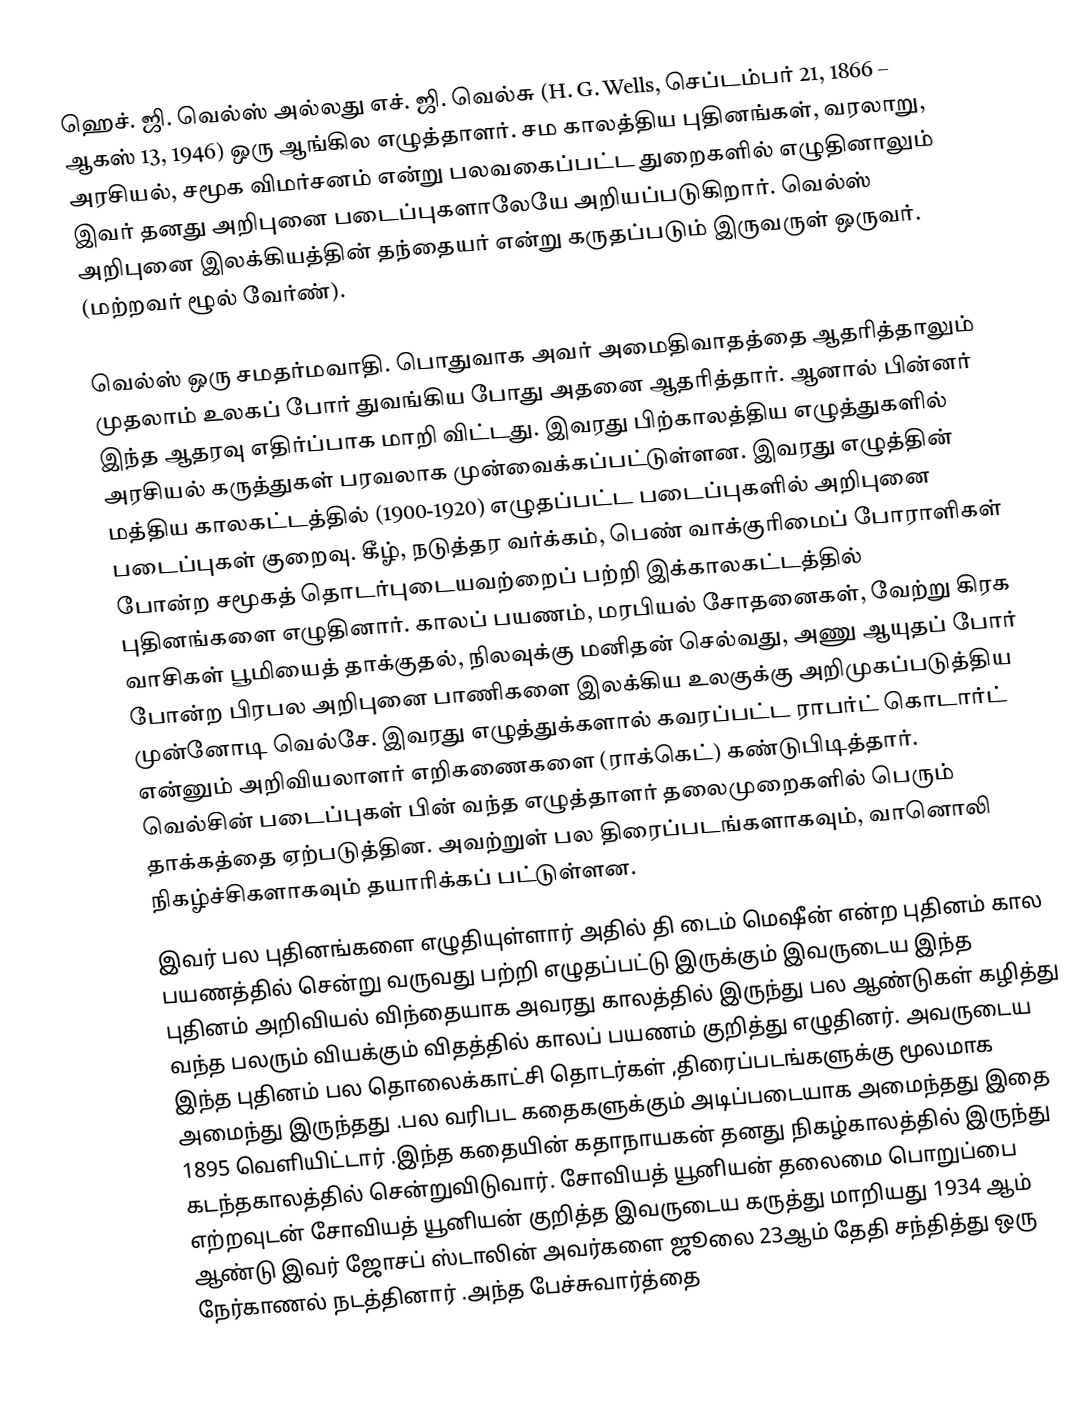
ஹெச். ஜி. வெல்ஸ் அல்லது எச். ஜி. வெல்சு (H. G. Wells, செப்டம்பர் 21, 1866 – ஆகஸ் 13, 1946) ஒரு ஆங்கில எழுத்தாளர். சம காலத்திய புதினங்கள், வரலாறு, அரசியல், சமூக விமர்சனம் என்று பலவகைப்பட்ட துறைகளில் எழுதினாலும் இவர் தனது அறிபுனை படைப்புகளாலேயே அறியப்படுகிறார். வெல்ஸ் அறிபுனை இலக்கியத்தின் தந்தையர் என்று கருதப்படும் இருவருள் ஒருவர். (மற்றவர் ழூல் வேர்ண்).

வெல்ஸ் ஒரு சமதர்மவாதி. பொதுவாக அவர் அமைதிவாதத்தை ஆதரித்தாலும் முதலாம் உலகப் போர் துவங்கிய போது அதனை ஆதரித்தார். ஆனால் பின்னர் இந்த ஆதரவு எதிர்ப்பாக மாறி விட்டது. இவரது பிற்காலத்திய எழுத்துகளில் அரசியல் கருத்துகள் பரவலாக முன்வைக்கப்பட்டுள்ளன. இவரது எழுத்தின் மத்திய காலகட்டத்தில் (1900-1920) எழுதப்பட்ட படைப்புகளில் அறிபுனை படைப்புகள் குறைவு. கீழ், நடுத்தர வர்க்கம், பெண் வாக்குரிமைப் போராளிகள் போன்ற சமூகத் தொடர்புடையவற்றைப் பற்றி இக்காலகட்டத்தில் புதினங்களை எழுதினார். காலப் பயணம், மரபியல் சோதனைகள், வேற்று கிரக வாசிகள் பூமியைத் தாக்குதல், நிலவுக்கு மனிதன் செல்வது, அணு ஆயுதப் போர் போன்ற பிரபல அறிபுனை பாணிகளை இலக்கிய உலகுக்கு அறிமுகப்படுத்திய முன்னோடி வெல்சே. இவரது எழுத்துக்களால் கவரப்பட்ட ராபர்ட் கொடார்ட் என்னும் அறிவியலாளர் எறிகணைகளை (ராக்கெட்) கண்டுபிடித்தார். வெல்சின் படைப்புகள் பின் வந்த எழுத்தாளர் தலைமுறைகளில் பெரும் தாக்கத்தை ஏற்படுத்தின. அவற்றுள் பல திரைப்படங்களாகவும், வானொலி நிகழ்ச்சிகளாகவும் தயாரிக்கப் பட்டுள்ளன.
இவர் பல புதினங்களை எழுதியுள்ளார் அதில் தி டைம் மெஷீன் என்ற புதினம் கால பயணத்தில் சென்று வருவது பற்றி எழுதப்பட்டு இருக்கும் இவருடைய இந்த புதினம் அறிவியல் விந்தையாக அவரது காலத்தில் இருந்து பல ஆண்டுகள் கழித்து வந்த பலரும் வியக்கும் விதத்தில் காலப் பயணம் குறித்து எழுதினர். அவருடைய இந்த புதினம் பல தொலைக்காட்சி தொடர்கள் ,திரைப்படங்களுக்கு மூலமாக அமைந்து இருந்தது .பல வரிபட கதைகளுக்கும் அடிப்படையாக அமைந்தது இதை 1895 வெளியிட்டார் .இந்த கதையின் கதாநாயகன் தனது நிகழ்காலத்தில் இருந்து கடந்தகாலத்தில் சென்றுவிடுவார். சோவியத் யூனியன் தலைமை பொறுப்பை எற்றவுடன் சோவியத் யூனியன் குறித்த இவருடைய கருத்து மாறியது 1934 ஆம் ஆண்டு இவர் ஜோசப் ஸ்டாலின் அவர்களை ஜூலை 23ஆம் தேதி சந்தித்து ஒரு நேர்காணல் நடத்தினார் .அந்த பேச்சுவார்த்தை